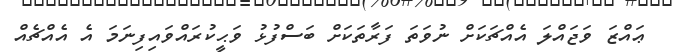
ޢައްޒަ ވަޖައްލަ އެއްޗަކަށް ނުވަތަ ފަރާތަކަށް ބަސްފުޅު ވަޙީކުރައްވައިފިނަމަ އެ އެއްޗެއް